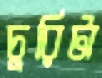
চুরিটা